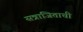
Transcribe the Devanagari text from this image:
सत्राजिताची